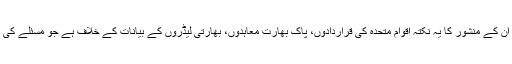
ہم دنیا کو بتا سکتے تھے کہ ان کے منشور کا یہ نکتہ اقوام متحدہ کی قراردادوں، پاک بھارت معاہدوں، بھارتی لیڈروں کے بیانات کے خلاف ہے جو مسئلے کی نوعیت کو تبدیل کرسکتا ہے۔